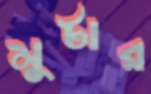
মুটার